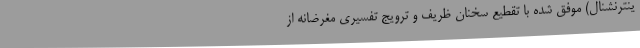
ینترنشنال) موفق شده با تقطیع سخنان ظریف و ترویج تفسیری مغرضانه از